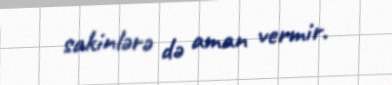
sakinlərə də aman vermir.